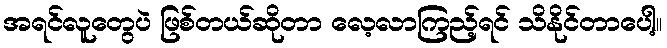
အရင်လူတွေပဲ ဖြစ်တယ်ဆိုတာ လေ့လာကြည့်ရင် သိနိုင်တာပေါ့။